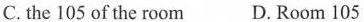
C.the 105 of the room D.Room 105